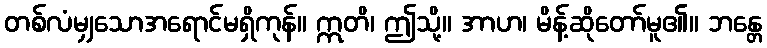
တစ်လံမျှသောအရောင်မရှိကုန်။ ဣတိ၊ ဤသို့။ အာဟ၊ မိန့်ဆိုတော်မူ၏။ ဘန္တေ